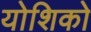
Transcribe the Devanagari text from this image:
योशिको